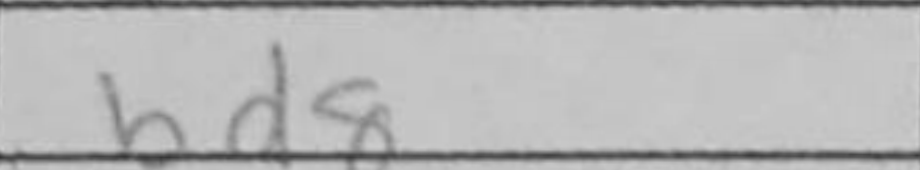
Transcription: Bd8